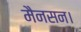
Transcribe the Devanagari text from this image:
मैनसन।